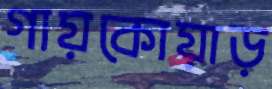
গায়কোয়াড়